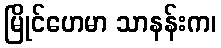
မြိုင်ဟေမာ သာနန်းက၊